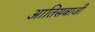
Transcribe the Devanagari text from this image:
आतिसबाजी